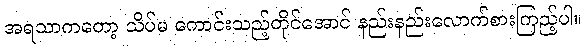
အရသာကတော့ သိပ်မ ကောင်းသည့်တိုင်အောင် နည်းနည်းလောက်စားကြည့်ပါ။